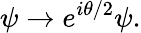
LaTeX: \psi\rightarrow e^{i\theta/2}\psi.